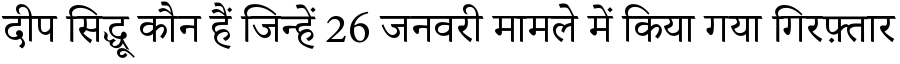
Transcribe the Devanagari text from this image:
दीप सिद्धू कौन हैं जिन्हें 26 जनवरी मामले में किया गया गिरफ़्तार